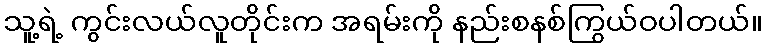
သူ့ရဲ့ ကွင်းလယ်လူတိုင်းက အရမ်းကို နည်းစနစ်ကြွယ်ဝပါတယ်။